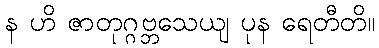
န ဟိ ဇာတုဂ္ဂဗ္ဘသေယျ ပုန ရေတီတိ။